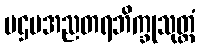
ပဌမအညတရဘိက္ခုသုတ္တံ